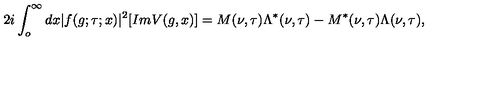
2 i \int _ { o } ^ { \infty } d x | f ( g ; \tau ; x ) | ^ { 2 } [ I m V ( g , x ) ] = M ( \nu , \tau ) \Lambda ^ { * } ( \nu , \tau ) - M ^ { * } ( \nu , \tau ) \Lambda ( \nu , \tau ) ,